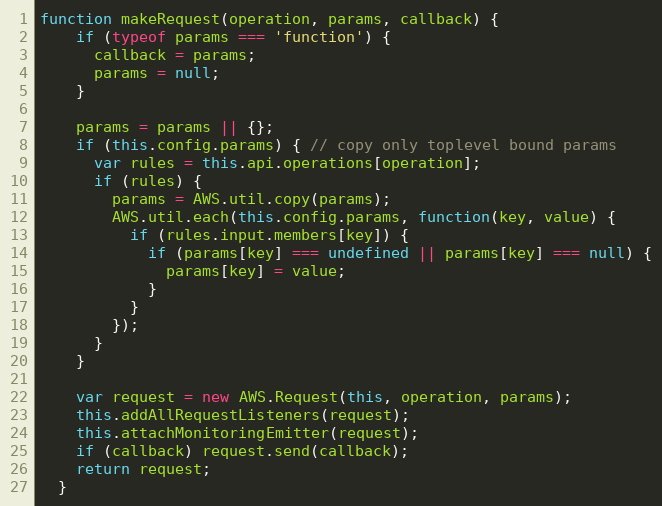
Language: JavaScript
function makeRequest(operation, params, callback) {
    if (typeof params === 'function') {
      callback = params;
      params = null;
    }

    params = params || {};
    if (this.config.params) { // copy only toplevel bound params
      var rules = this.api.operations[operation];
      if (rules) {
        params = AWS.util.copy(params);
        AWS.util.each(this.config.params, function(key, value) {
          if (rules.input.members[key]) {
            if (params[key] === undefined || params[key] === null) {
              params[key] = value;
            }
          }
        });
      }
    }

    var request = new AWS.Request(this, operation, params);
    this.addAllRequestListeners(request);
    this.attachMonitoringEmitter(request);
    if (callback) request.send(callback);
    return request;
  }